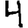
Digit: 4